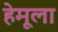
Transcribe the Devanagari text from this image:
हेमूला